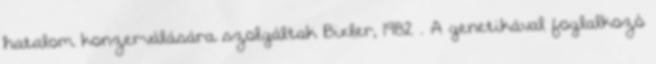
hatalom konzerválására szolgáltak Bixler, 1982 . A genetikával foglalkozó